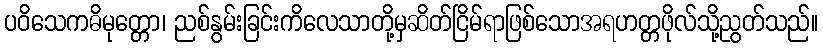
ပဝိသေကဓိမုတ္တော၊ ညစ်နွမ်းခြင်းကိလေသာတို့မှဆိတ်ငြိမ်ရာဖြစ်သောအရဟတ္တဖိုလ်သို့ညွတ်သည်။